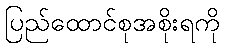
ပြည်ထောင်စုအစိုးရကို